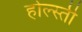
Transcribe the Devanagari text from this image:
होल्स्ती